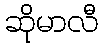
ဆိုမာလီ